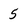
Character: 5